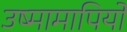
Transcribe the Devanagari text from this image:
उष्मामापियों